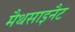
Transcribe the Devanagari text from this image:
मैथसाइनैट